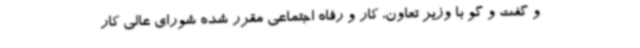
و گفت و گو با وزیر تعاون، کار و رفاه اجتماعی مقرر شده شورای عالی کار